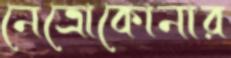
নেত্রোকোনার